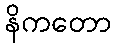
နိကတော